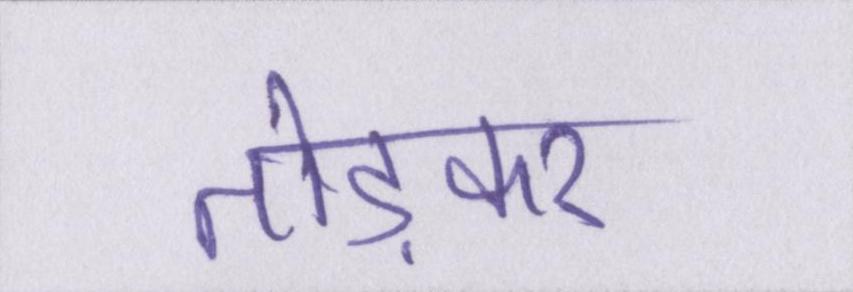
तोड़कर